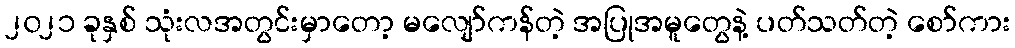
၂၀၂၁ ခုနှစ် သုံးလအတွင်းမှာတော့ မလျော်ကန်တဲ့ အပြုအမူတွေနဲ့ ပတ်သတ်တဲ့ စော်ကား